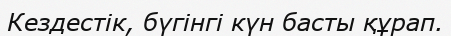
Кездестік, бүгінгі күн басты құрап.